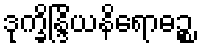
ဒုက္ခိန္ဒြိယနိရောဓဉ္စ